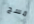
مسح